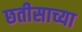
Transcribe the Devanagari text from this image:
छतीसाच्या